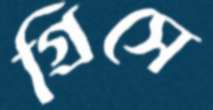
গ্রিসে